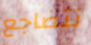
نتضاجع